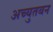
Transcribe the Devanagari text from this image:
अच्युतबन